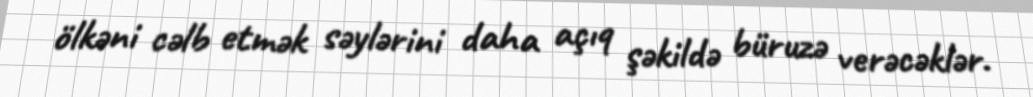
ölkəni cəlb etmək səylərini daha açıq şəkildə büruzə verəcəklər.